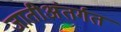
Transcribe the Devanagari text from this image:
जातीअंतर्गत